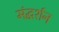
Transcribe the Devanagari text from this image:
मंद्घर्शन